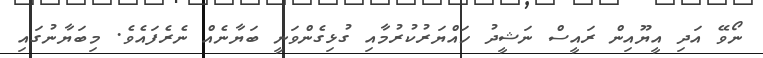
ނޯވޭ އަދި އީޔޫއިން ރައީސް ނަޝީދު ހައްޔަރުކުރުމާއި ގުޅިގެންވަނީ ބަޔާނެއް ނެރެފައެވެ. މިބަޔާނުގައި